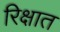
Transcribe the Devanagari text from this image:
रिक्षात